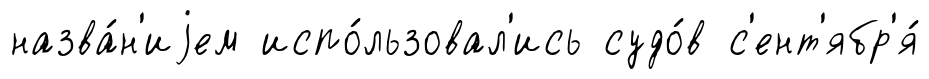
назва́н'иjем испо́льзовал'ись судо́в с'ент'ябр'я́